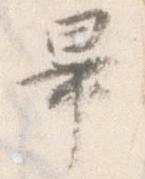
畢